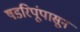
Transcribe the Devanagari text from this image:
षडरिपूंपासून